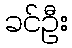
ခင်ဦး